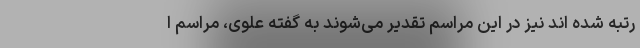
رتبه شده اند نیز در این مراسم تقدیر می‌شوند به گفته علوی، مراسم ا